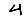
Digit: 4